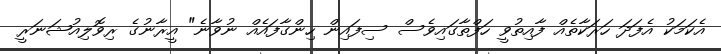
އެކަމަކު އެފަދަ ހަރަކާތެއް ފާއިތުވީ ހަފްތާގައިވެސް ސިފައިން ހިންގާފައެއް ނުވާނެ" އީރާނުގެ ރިވޮލިއުޝަނަރީ